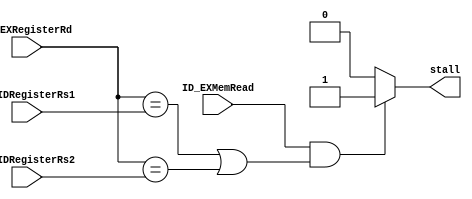
//Project: RISC-V 32 bit Architecture
//Module: Hazard Detection Unit (HDU)
//Updated: 05/27/2020
//Hazard detection for load instruction.
//Updates:
// Nothing 


module hazard_detection_unit(ID_EXMemRead, IF_IDRegisterRs1, IF_IDRegisterRs2, ID_EXRegisterRd, stall);

input ID_EXMemRead;
input[4:0] IF_IDRegisterRs1, IF_IDRegisterRs2, ID_EXRegisterRd;
output reg stall;

always @(ID_EXMemRead, IF_IDRegisterRs1, IF_IDRegisterRs2, ID_EXRegisterRd)
	begin
	  if((ID_EXMemRead == 1) && ((ID_EXRegisterRd ==IF_IDRegisterRs1)||(ID_EXRegisterRd ==IF_IDRegisterRs2)))
	    begin
	      stall = 1;
	    end
	  else
	    begin
	      stall = 0;
	    end
	end

endmodule